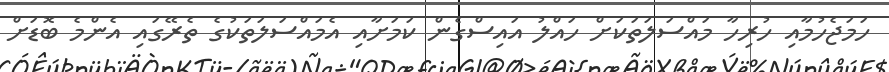
ހަމަޖެހުމާއި ހުރިހާ މައްސަލަތަކަށް ހައްލު އައިސްގެން ކަމަށާއި އެމައްސަލަތަކުގެ ތެރޭގައި އެންމެ ބޮޑަށް